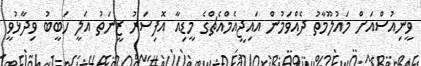
ވީނިއުސްއަށް މައުލޫމާތު ދެއްވަމުން އައިޖީއެމްއެޗްގެ މީޑިއާ އޮފިސަރު ޒީނަތު އަލީ ހަބީބު ވިދާޅުވީ